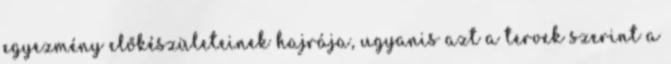
egyezmény előkészületeinek hajrája, ugyanis azt a tervek szerint a